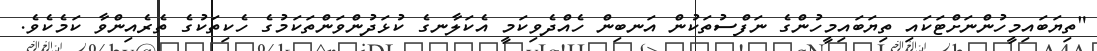
"ތިޔަބައިމީހުންނަށްޓަކައި ތިޔަބައިމީހުންގެ ނަފްސުތަކުން އަނބިން ހެއްދެވިކަމީ އެކަލާނގެ ކުޅަދުންވަންތަކަމުގެ ހެކިތަކުގެ ތެރެއިންވާ ކަމެކެވެ.